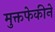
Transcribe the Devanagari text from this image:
मुक्तफेकीने